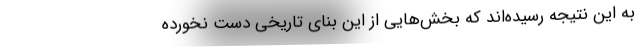
به این نتیجه رسیده‌اند که بخش‌هایی از این بنای تاریخی دست‌ نخورده